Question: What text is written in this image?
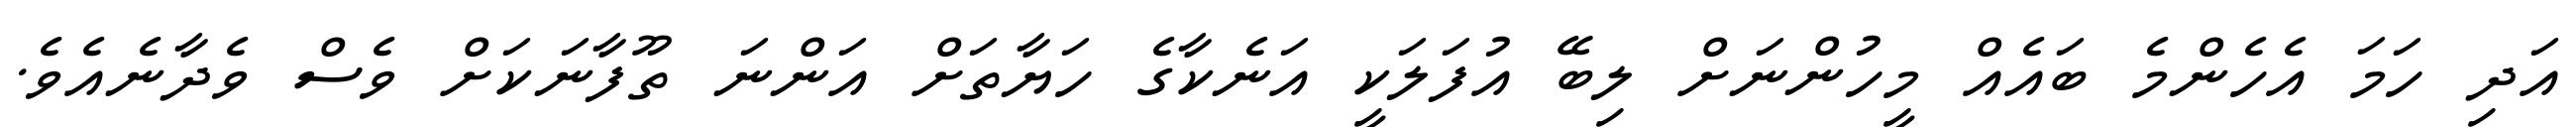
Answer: އަދި ހަމަ އެހެންމެ ބައެއް މީހުންނަށް ލިބޭ އުފަލަކީ އަނެކާގެ ހަޔާތަށް އަންނަ ތޫފާނަކަށް ވެސް ވެދާނެއެވެ.